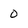
Character: 0